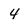
Character: 4